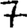
Digit: 7